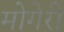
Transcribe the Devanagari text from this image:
मोगेरी